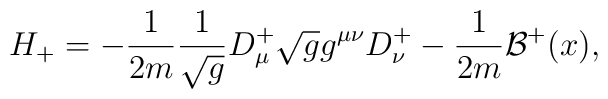
H_{+}=-\frac{1}{2m}\frac{1}{\sqrt{g}}D^{+}_{\mu}\sqrt{g}g^{\mu\nu}D^{+}_{\nu}-\frac{1}{2m}{\mathcal{B}}^{+}(x),